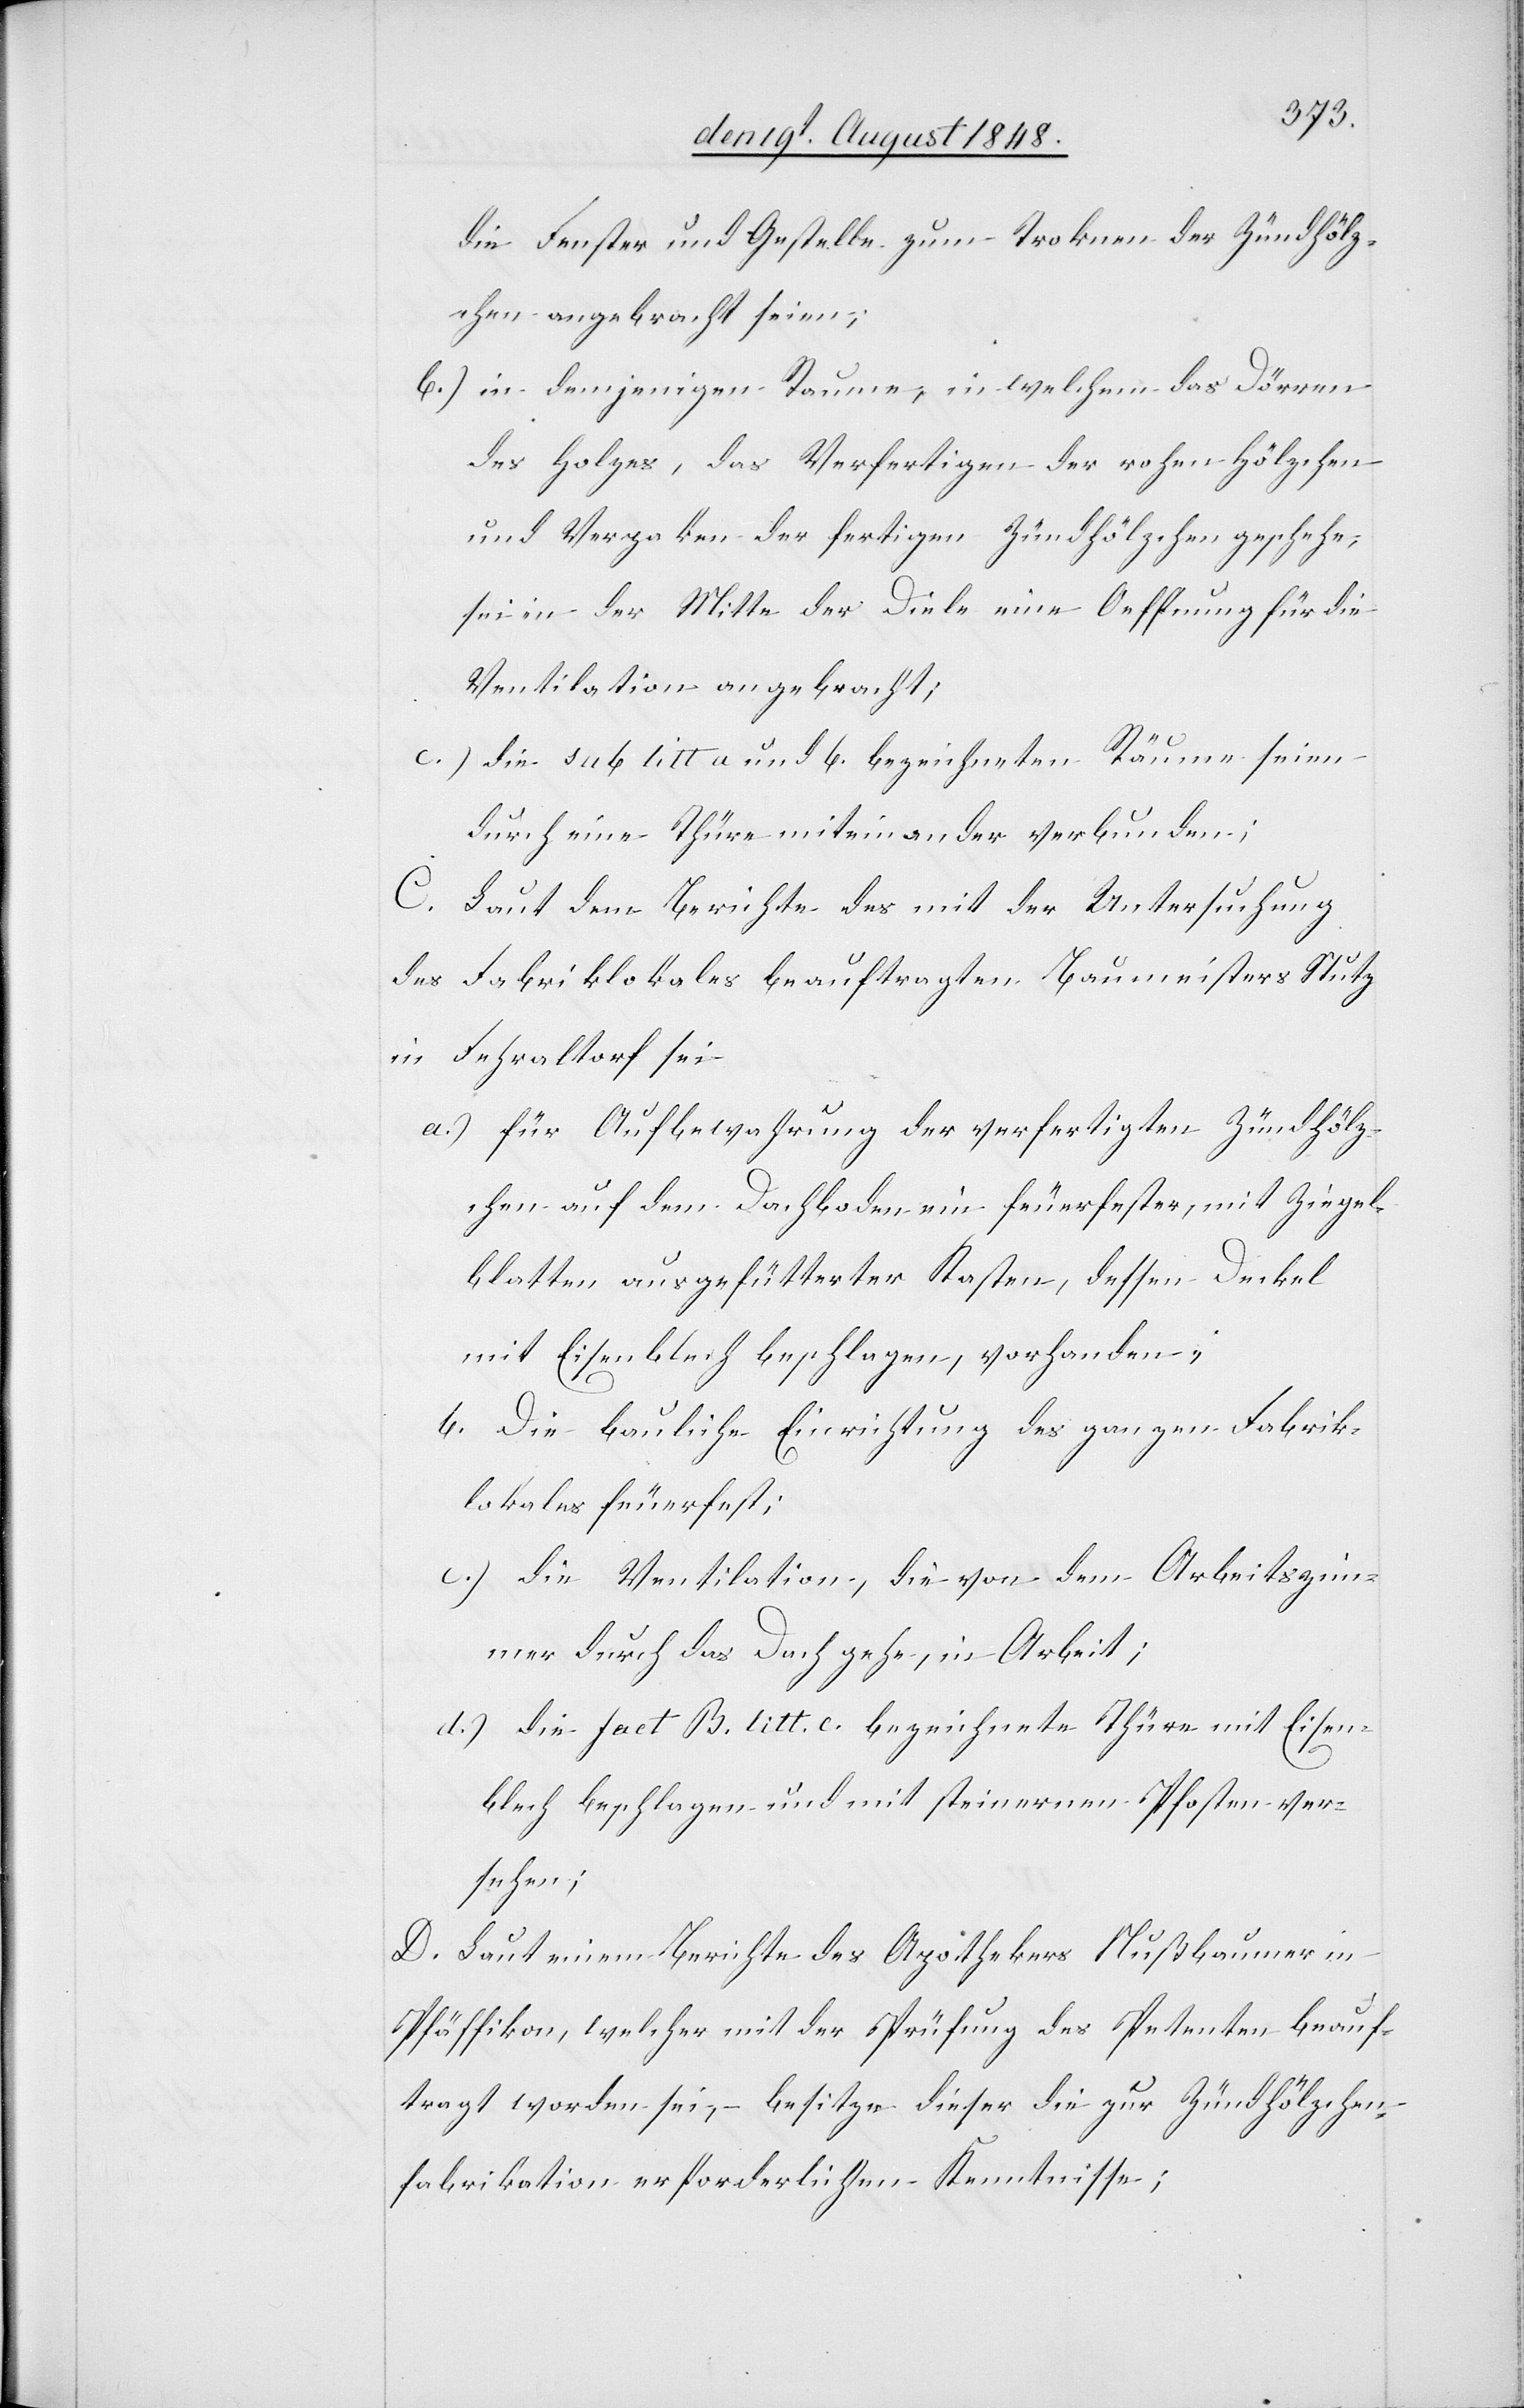
die Fenster und Gestelle zum Trocknen der Zündhölz¬
chen angebracht seien;
b.) in demjenigen Raume, in welchem das Dörren
des Holzes, das Verfertigen der rohen Hölzchen
und Verpaken der fertigen Zündhölzchen geschehe,
sei in der Mitte der Diele eine Oeffnung für die
Ventilation angebracht;
c.) die sub litt a. und b. bezeichneten Räume seien
durch eine Thüre miteinander verbunden;
C. Laut dem Berichte des mit der Untersuchung
des Fabriklokales beauftragten Baumeisters Stutz
in Fehraltorf sei
a.) für Aufbewahrung der verfertigten Zündhölz¬
chen auf dem Dachboden ein feuerfester, mit Ziegel¬
blatten ausgefütterter Kasten, dessen Deckel
mit Eisenblech beschlagen, vorhanden,
b.[)] Die bauliche Einrichtung des ganzen Fabrik¬
lokales feuerfest;
c.) die Ventilation, die von dem Arbeitszim¬
mer durch das Dach gehe, in Arbeit;
d.) die fact. B. litt. c. bezeichnete Thüre mit Eisen¬
blech beschlagen und mit steinernen Posten ver¬
sehen.
D. Laut einem Berichte des Apothekers Nußbaumer in
Pfäffikon, welcher mit der Prüfung des Petenten beauf¬
tragt worden sei, besitze dieser die zur Zündhölzchen¬
fabrikation erforderlichen Kenntnisse;